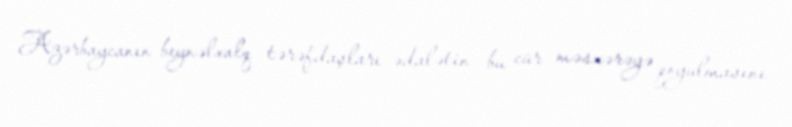
Azərbaycanın beynəlxalq tərəfdaşları ədalətin bu cür məsxərəyə qoyulmasını